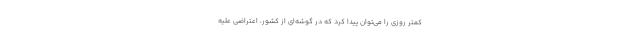
کمتر روزی را می‌توان پیدا کرد که در گوشه‌ای از کشور، اعتراضی علیه